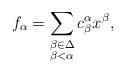
LaTeX: \begin{align*} f_\alpha = \sum_{\substack{\beta \in \Delta \\ \beta < \alpha}} c^\alpha_\beta x^\beta , \end{align*}